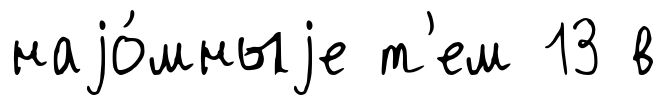
наjо́мныjе т'ем 13 в